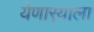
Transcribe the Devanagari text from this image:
येणार्‍याला